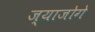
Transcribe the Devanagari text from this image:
ज्याजोगे